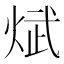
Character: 𪸵